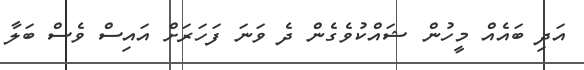
އަދި ބައެއް މީހުން ޝައްކުވެގެން ދެ ވަނަ ފަހަރަށް އައިސް ވެސް ބަލާ